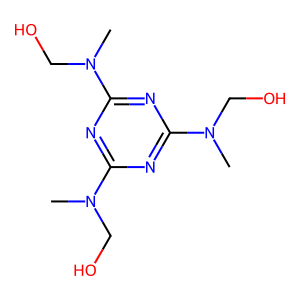
SMILES: CN(CO)c1nc(N(C)CO)nc(N(C)CO)n1
Inhibits HIV replication: No